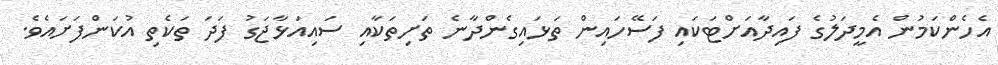
އެހެންކަމުން އެމީދަލުގެ ފައިދާއަށްޓަކައި ފަސޭހައިން ތަޅައިގެންދާނެ ތަށިތަކާއި ސައިއަޅާޖަގު ފަދަ ތަކެތި އުކަންފަށައެވެ.